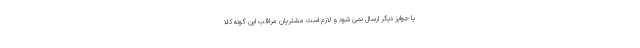
یا جوایز دیگر ارسال نمی شود و لازم است مشتریان مراقب این گونه کلا